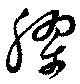
膠